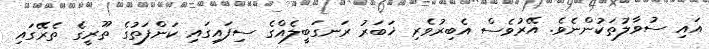
އައި ސުވާލުތަކުންނެވެ. އޭރުވެސް އެބިރުވެރި ޚަބަރު ރަނގަބީލެއްގެ ސިފައިގައި ކަންފަތުގެ ތޫރީގެ ތެރޭގައި